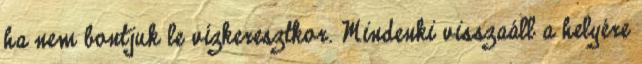
ha nem bontjuk le vízkeresztkor. Mindenki visszaáll a helyére